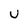
Character: U